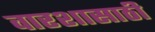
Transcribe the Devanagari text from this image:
वारशासाठी